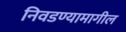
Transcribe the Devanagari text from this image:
निवडण्यामागील